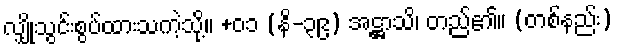
လျှိုသွင်းစွပ်ထားသကဲ့သို့။ +၀၁ (နိ-၃၉) အဋ္ဌာသိ၊ တည်၏။ (တစ်နည်း)